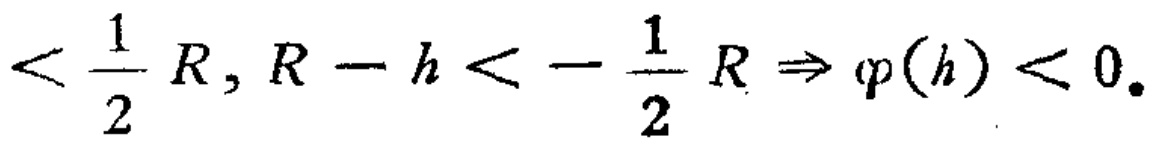
\(< \frac{1}{2} R, R - h < - \frac{1}{2} R \Rightarrow \varphi(h) < 0.\)